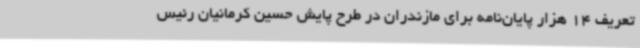
تعریف 14 هزار پایان‌نامه برای مازندران در طرح پایش حسین کرمانیان رئیس